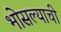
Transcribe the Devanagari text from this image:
भोसल्याची